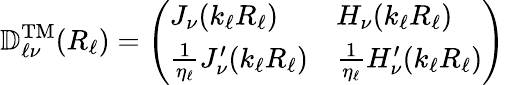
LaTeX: \mathbb{D}_{\ell\nu}^{\mathrm{TM}}(R_{\ell})=\left(\begin{array}{ll}{J_{\nu}(k_{\ell}R_{\ell})}&{H_{\nu}(k_{\ell}R_{\ell})}\\ {\frac{1}{\eta_{\ell}}J_{\nu}^{\prime}(k_{\ell}R_{\ell})}&{\frac{1}{\eta_{\ell}}H_{\nu}^{\prime}(k_{\ell}R_{\ell})}\end{array}\right)